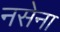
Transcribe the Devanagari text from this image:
नसेना